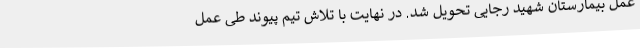
عمل بیمارستان شهید رجایی تحویل شد. در نهایت با تلاش تیم پیوند طی عمل